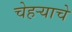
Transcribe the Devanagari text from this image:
चेहऱ्याचे